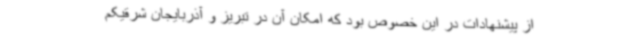
از پیشنهادات در این خصوص بود که امکان آن در تبریز و آذربایجان شرقیکم